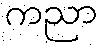
ကညာ